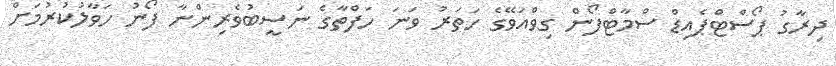
ދިރާގު ޕޯސްޓްޕެއިޑް ސްމާޓްފޯން ގިވްއަވޭގެ ހަތަރު ވަނަ ހަފްތާގެ ނަސީބުވެރިންނާ ފޯނު ހަވާލުކުރުމަށް